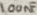
Text: 100nF